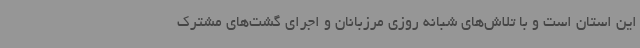
این استان است و با تلاش‌های شبانه روزی مرزبانان و اجرای گشت‌های مشترک